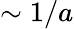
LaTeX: \sim 1/a